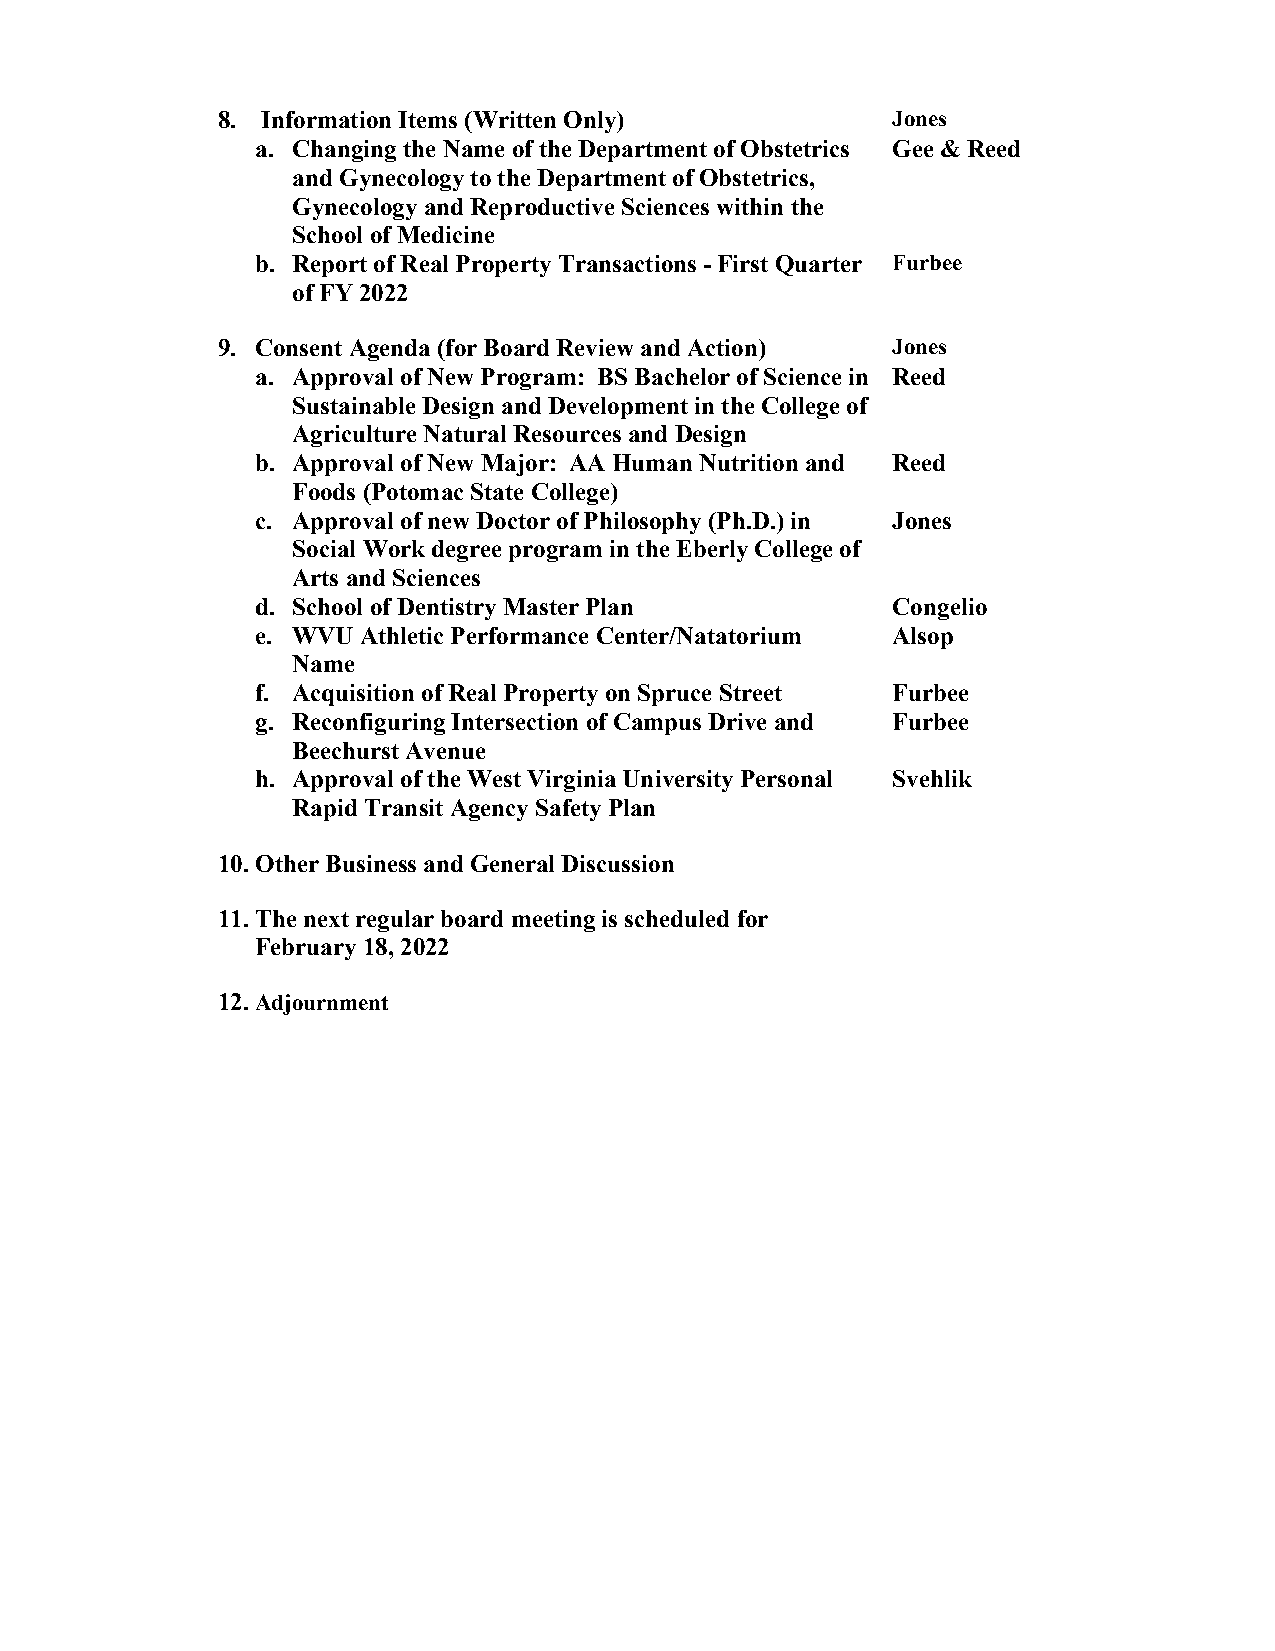
8. Information Items (Written Only)          Jones
 a. Changing the Name of the Department of Obstetrics Gee & Reed
 and Gynecology to the Department of Obstetrics,
 Gynecology and Reproductive Sciences within the
 School of Medicine
 b. Report of Real Property Transactions - First Quarter Furbee
 of FY 2022
 9. Consent Agenda (for Board Review and Action) Jones
 a. Approval of New Program: BS Bachelor of Science in Reed
 Sustainable Design and Development in the College of
 Agriculture Natural Resources and Design
 b. Approval of New Major: AA Human Nutrition and Reed
 Foods (Potomac State College)
 c. Approval of new Doctor of Philosophy (Ph.D.) in Jones
 Social Work degree program in the Eberly College of
 Arts and Sciences
 d. School of Dentistry Master Plan        Congelio
 e. WVU Athletic Performance Center/Natatorium Alsop
 Name
 f. Acquisition of Real Property on Spruce Street Furbee
 g. Reconfiguring Intersection of Campus Drive and Furbee
 Beechurst Avenue
 h. Approval of the West Virginia University Personal Svehlik
 Rapid Transit Agency Safety Plan
 10. Other Business and General Discussion
 11. The next regular board meeting is scheduled for
 February 18, 2022
 12. Adjournment